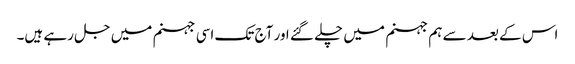
اس کے بعد سے ہم جہنم میں چلے گئے اور آج تک اسی جہنم میں جل رہے ہیں۔